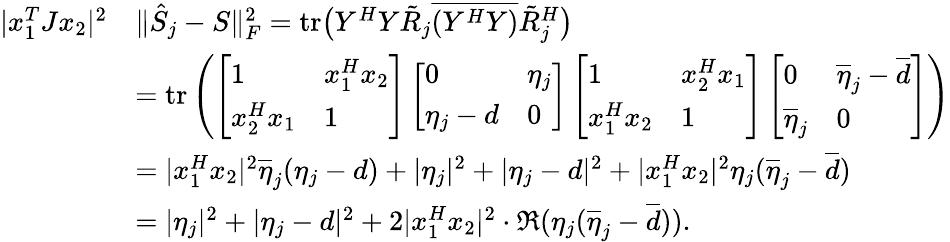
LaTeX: \begin{array}{rl}{|x_{1}^{T}Jx_{2}|^{2}}&{\Vert\hat{S}_{j}-S\Vert_{F}^{2}=\textnormal{tr}\big(Y^{H}Y\tilde{R}_{j}\overline{{(Y^{H}Y)}}\tilde{R}_{j}^{H}\big)}\\ {\quad}&{=\textnormal{tr}\left(\left[\begin{array}{ll}{1}&{x_{1}^{H}x_{2}}\\ {x_{2}^{H}x_{1}}&{1}\end{array}\right]\left[\begin{array}{ll}{0}&{\eta_{j}}\\ {\eta_{j}-d}&{0}\end{array}\right]\left[\begin{array}{ll}{1}&{x_{2}^{H}x_{1}}\\ {x_{1}^{H}x_{2}}&{1}\end{array}\right]\left[\begin{array}{ll}{0}&{\overline{{\eta}}_{j}-\overline{{d}}}\\ {\overline{{\eta}}_{j}}&{0}\end{array}\right]\right)}\\ &{=|x_{1}^{H}x_{2}|^{2}\overline{{\eta}}_{j}(\eta_{j}-d)+|\eta_{j}|^{2}+|\eta_{j}-d|^{2}+|x_{1}^{H}x_{2}|^{2}\eta_{j}(\overline{{\eta}}_{j}-\overline{{d}})}\\ &{=|\eta_{j}|^{2}+|\eta_{j}-d|^{2}+2|x_{1}^{H}x_{2}|^{2}\cdot\mathfrak{R}(\eta_{j}(\overline{{\eta}}_{j}-\overline{{d}})).}\end{array}